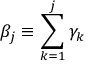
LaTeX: \beta _ { j } \equiv \sum _ { k = 1 } ^ { j } \gamma _ { k }